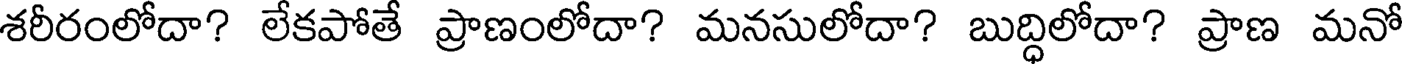
శరీరంలోదా? లేకపోతే ప్రాణంలోదా? మనసులోదా? బుద్ధిలోదా? ప్రాణ మనో